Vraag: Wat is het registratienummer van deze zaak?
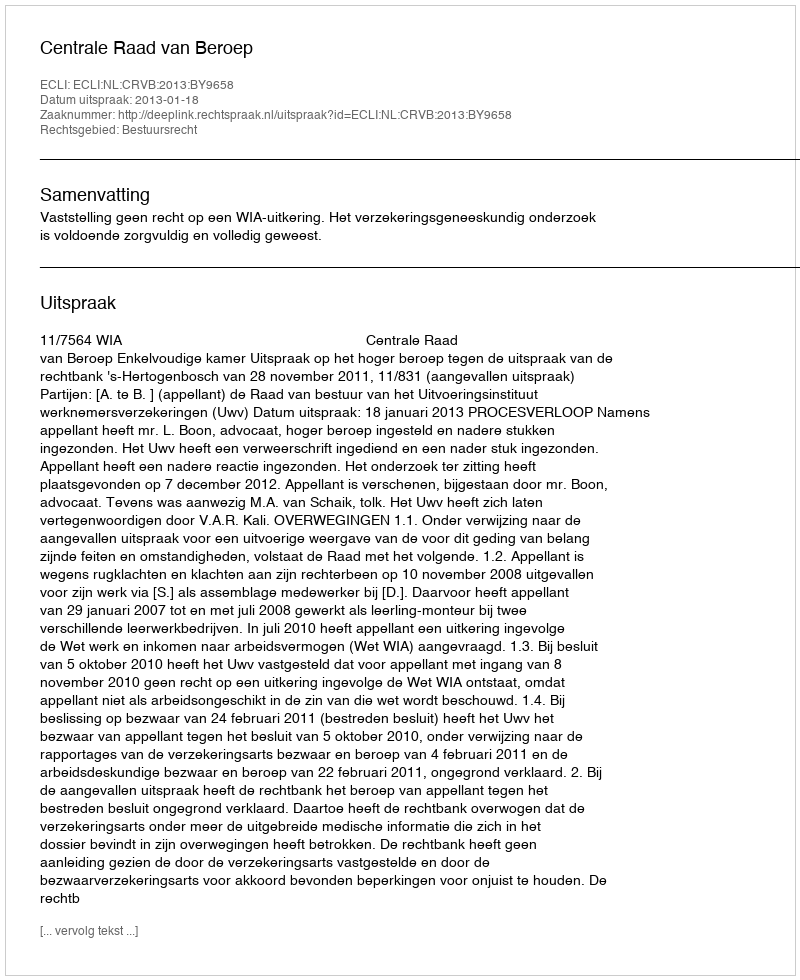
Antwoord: http://deeplink.rechtspraak.nl/uitspraak?id=ECLI:NL:CRVB:2013:BY9658